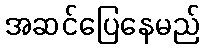
အဆင်ပြေနေမည်